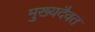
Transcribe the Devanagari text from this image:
मुख्यदैवत